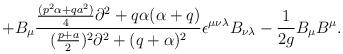
LaTeX: \begin{align*}+B_\mu{{{{(p^2\alpha+qa^2)}\over 4}\partial^2+q\alpha (\alpha+q)}\over{({{p+a}\over 2})^2\partial^2+(q+\alpha )^2}}\epsilon^{\mu\nu\lambda}B_{\nu\lambda} -{1\over {2g}}B_\mu B^\mu.\end{align*}